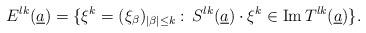
LaTeX: \begin{gather*}E^{lk}(\underline{a})=\{\xi^{k}=(\xi_{\beta})_{|\beta|\leq k}:\, S^{lk}(\underline{a})\cdot\xi^{k}\in \mbox{Im}\,T^{lk}(\underline{a})\}.\end{gather*}